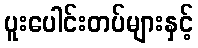
ပူးပေါင်းတပ်များနှင့်